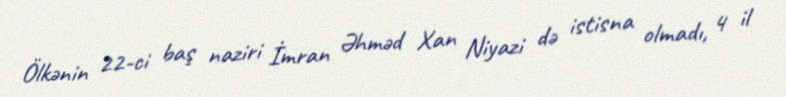
Ölkənin 22-ci baş naziri İmran Əhməd Xan Niyazi də istisna olmadı, 4 il